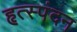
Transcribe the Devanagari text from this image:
हृत्स्पंदन